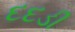
દદડી